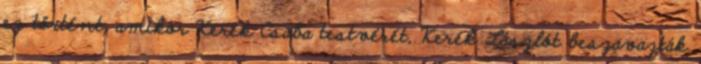
ez történt, amikor Kerék Csaba testvérét, Kerék Lászlót beszavazták